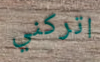
اتركني